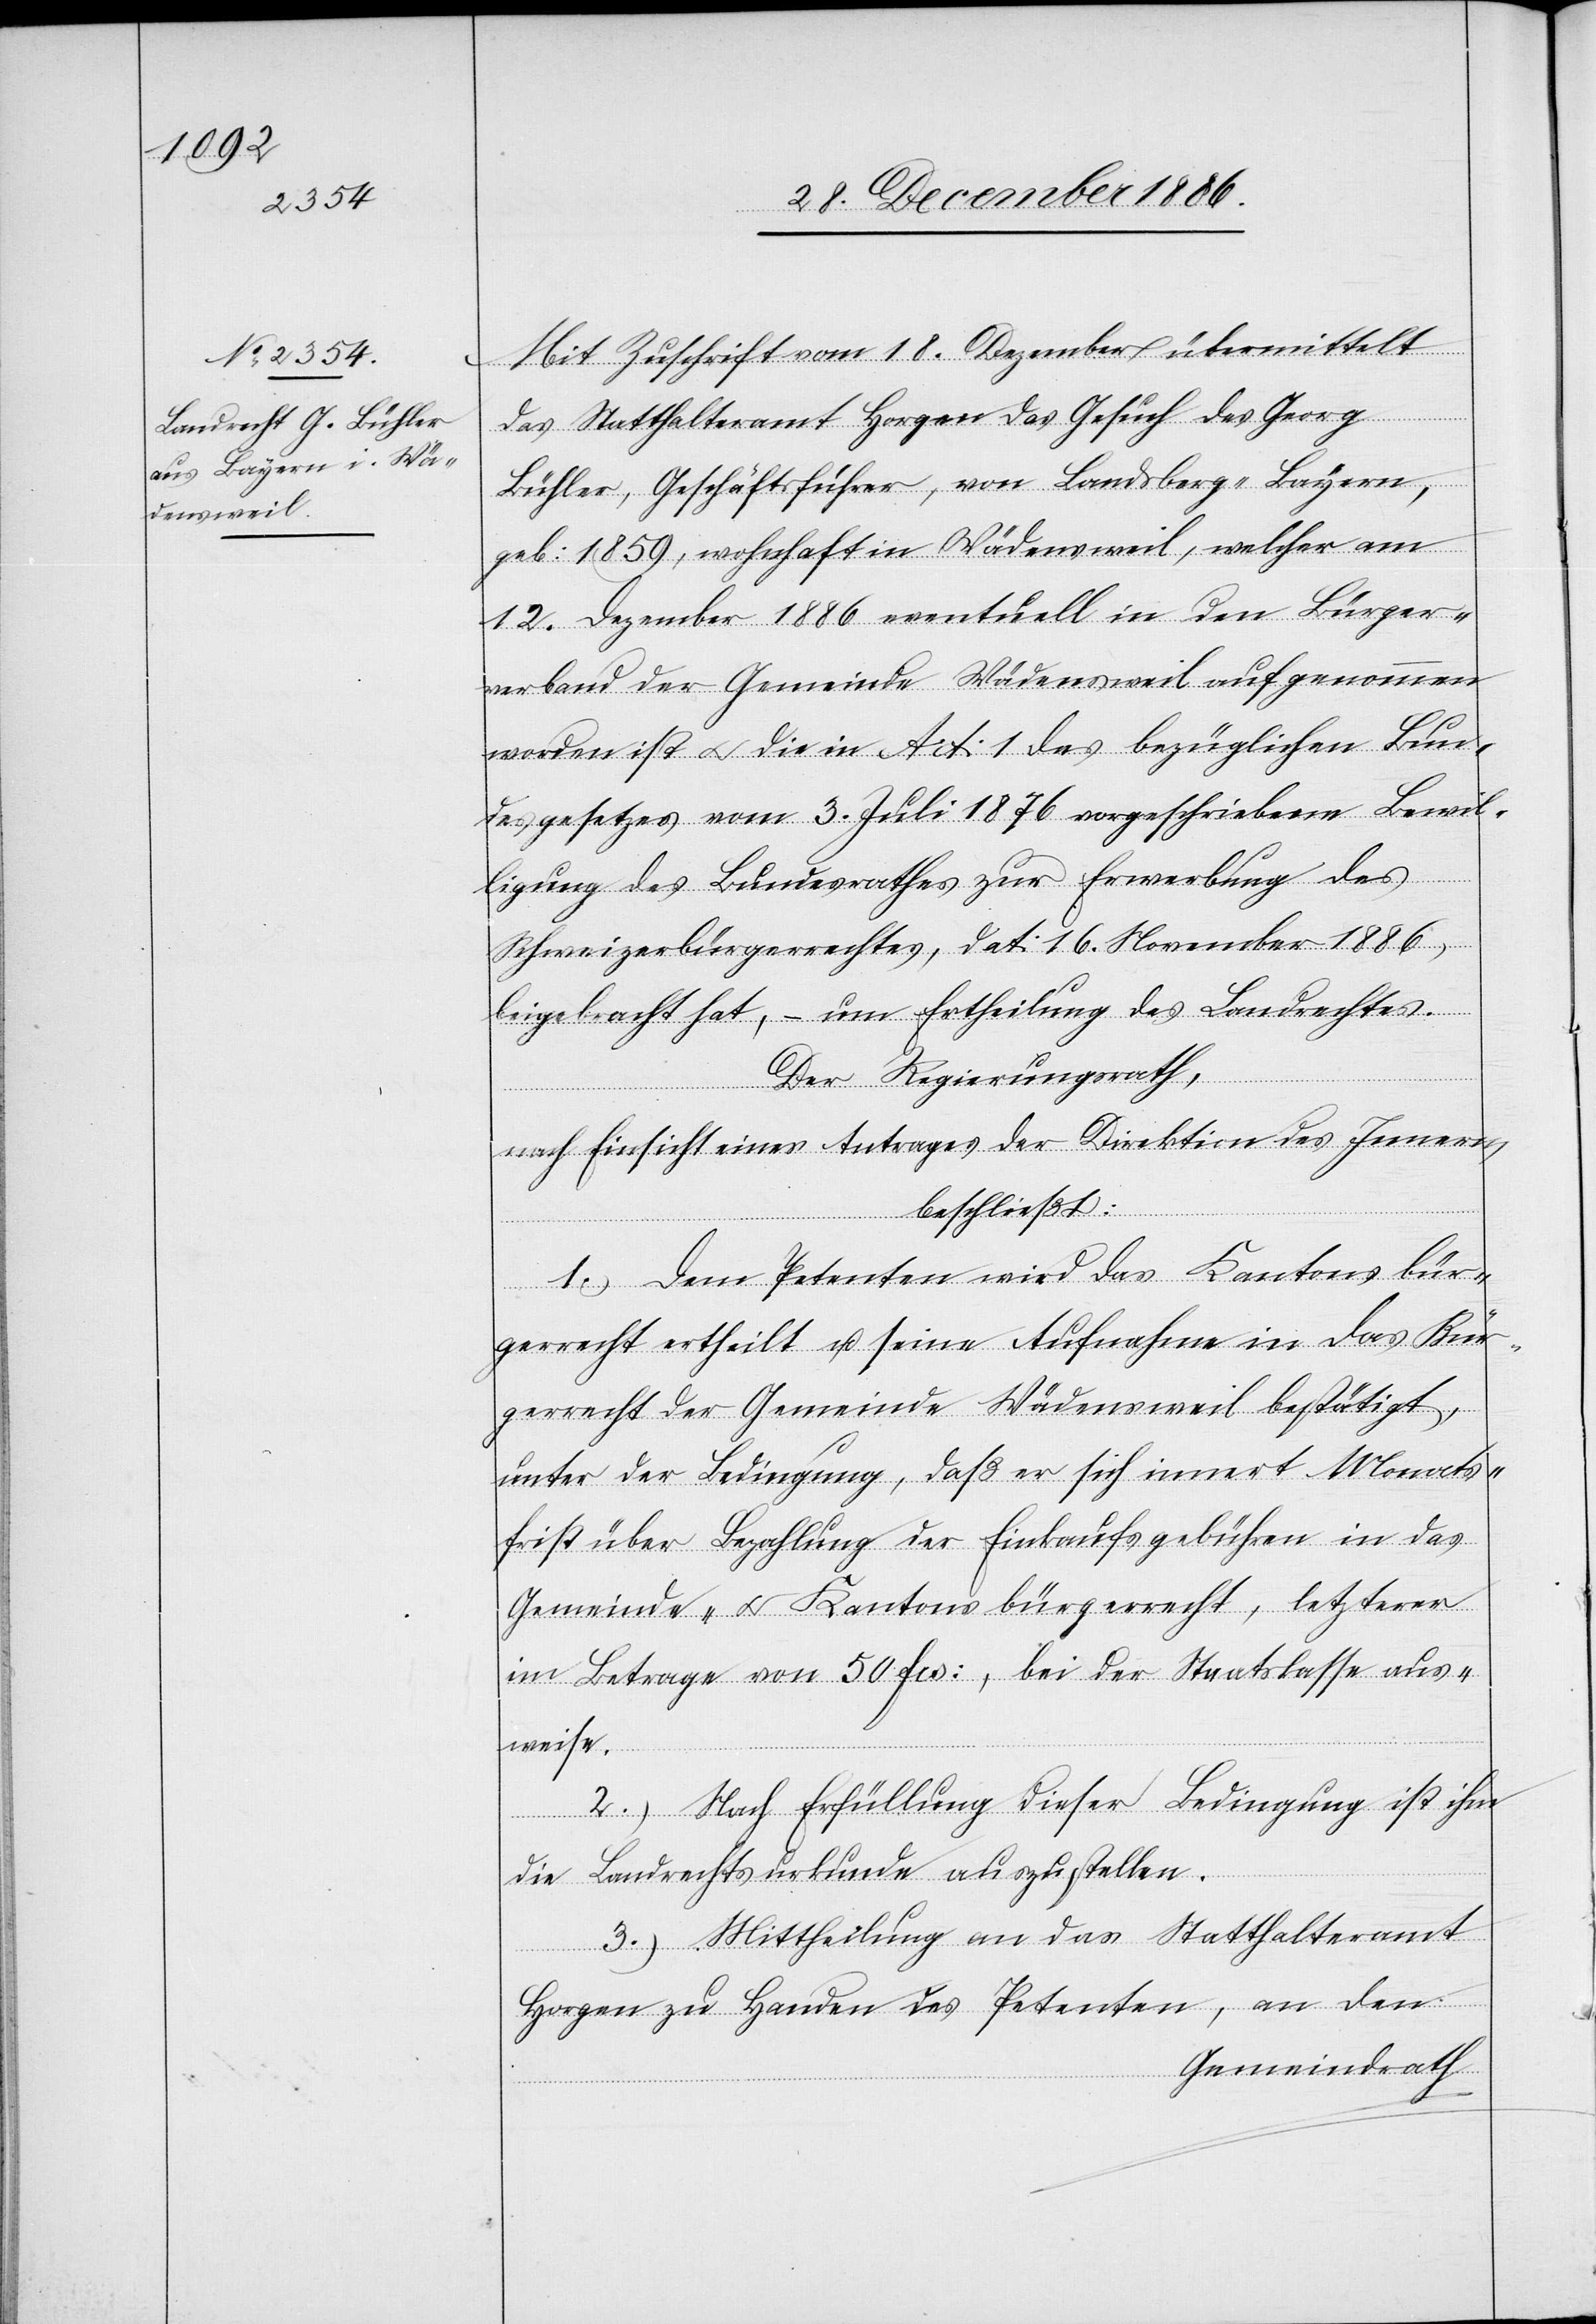
Mit Zuschrift vom 18. Dezember übermittelt
das Statthalteramt Horgen das Gesuch des Georg
Bühler, Geschäftsführer, von Landsberg - Bayern,
geb: 1859, wohnhaft in Wädensweil, welcher am
12. Dezember 1886 eventuell in den Bürgerv¬
erband der Gemeinde Wädensweil aufgenommen
worden ist & die in Art: 1 des bezüglichen Bun¬
desgesetzes vom 3. Juli 1876 vorgeschriebene Bewil¬
ligung des Bundesrathes zur Erwerbung des
Schweizerbürgerrechtes, dat: 16. November 1886,
beigebracht hat, – um Ertheilung des Landrechtes.
Der Regierungsrath,
nach Einsicht eines Antrages der Direktion des Innern,
beschließt:
1.) Dem Petenten wird das Kantonsbür¬
gerrecht ertheilt u. seine Aufnahme in das Bür¬
gerrecht der Gemeinde Wädensweil bestätigt,
unter der Bedingung, daß er sich innert Monats¬
frist über Bezahlung der Einkaufsgebühren in das
Gemeinde- & Kantonsbürgerrecht, letzterer
im Betrage von 50 Frs:, bei der Staatskasse aus¬
weise.
2.) Nach Erfüllung dieser Bedingung ist ihm
die Landrechtsurkunde auszustellen.
3.) Mittheilung an das Statthalteramt
Horgen zu Handen des Petenten, an den